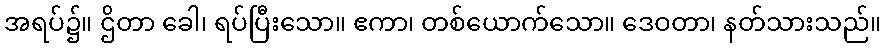
အရပ်၌။ ဌိတာ ခေါ၊ ရပ်ပြီးသော။ ဧကာ၊ တစ်ယောက်သော။ ဒေဝတာ၊ နတ်သားသည်။